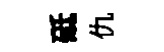
砥仇